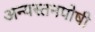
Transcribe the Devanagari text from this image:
अन्यस्तनपोषी